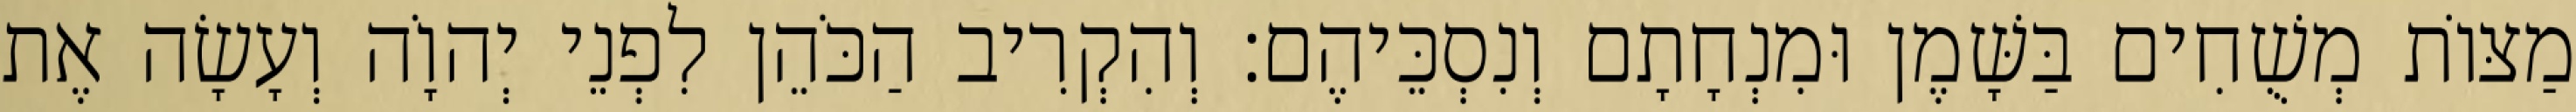
מַצּוֹת מְשֻׁחִים בַּשָּׁמֶן וּמִנְחָתָם וְנִסְכֵּיהֶם׃ וְהִקְרִיב הַכֹּהֵן לִפְנֵי יְהוָֹה וְעָשָׂה אֶת